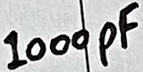
Text: 1000pF